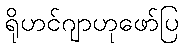
ရိုဟင်ဂျာဟုဖော်ပြ